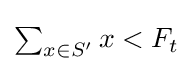
{\textstyle \sum _{x\in S'}x<F_{t}}